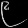
Digit: ၉